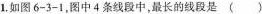
1.如图6-3-1，图中4条线段中，最长的线段是()